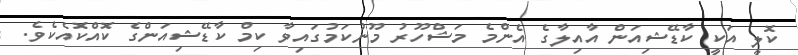
ކޮލީ އަކީ ކާޑޭޝިއަން އާއިލާގެ އެންމެ މަޝްހޫރު މޫނުކަމުގައިވާ ކިމް ކާޑޭޝިއަންގެ ކޮއްކޮއެކެވެ.